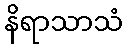
နိရာသာသံ